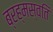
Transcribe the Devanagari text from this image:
ब्रह्मस्वति